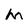
Character: M